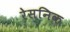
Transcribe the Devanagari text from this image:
रेसनिक